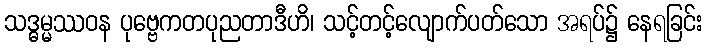
သဒ္ဓမ္မဿဝန ပုဗ္ဗေကတပုညတာဒီဟိ၊ သင့်တင့်လျောက်ပတ်သော အရပ်၌ နေရခြင်း